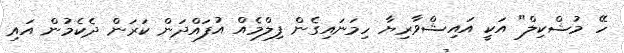
ހޭ މުޝްކިލް" އަކީ އައިޝްވާރިޔާ ހިމަނައިގެން ފިލްމެއް އުފައްދަން ކަރަން ދެކެމުން އައި